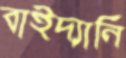
বাইদ্যানি